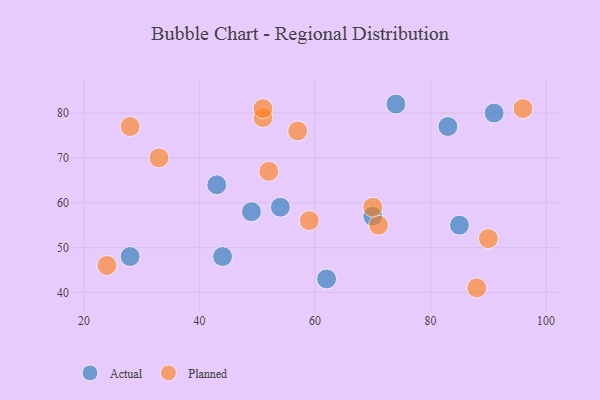
{"axis": {"x": "GDP", "y": "Life Expectancy"}, "legend": ["Actual", "Planned"], "data": [{"x": "83", "y": 77, "type": "Actual"}, {"x": "74", "y": 82, "type": "Actual"}, {"x": "85", "y": 55, "type": "Actual"}, {"x": "91", "y": 80, "type": "Actual"}, {"x": "70", "y": 57, "type": "Actual"}, {"x": "54", "y": 59, "type": "Actual"}, {"x": "62", "y": 43, "type": "Actual"}, {"x": "28", "y": 48, "type": "Actual"}, {"x": "43", "y": 64, "type": "Actual"}, {"x": "49", "y": 58, "type": "Actual"}, {"x": "44", "y": 48, "type": "Actual"}, {"x": "33", "y": 70, "type": "Planned"}, {"x": "71", "y": 55, "type": "Planned"}, {"x": "24", "y": 46, "type": "Planned"}, {"x": "90", "y": 52, "type": "Planned"}, {"x": "70", "y": 59, "type": "Planned"}, {"x": "59", "y": 56, "type": "Planned"}, {"x": "51", "y": 79, "type": "Planned"}, {"x": "88", "y": 41, "type": "Planned"}, {"x": "57", "y": 76, "type": "Planned"}, {"x": "51", "y": 81, "type": "Planned"}, {"x": "52", "y": 67, "type": "Planned"}, {"x": "96", "y": 81, "type": "Planned"}, {"x": "28", "y": 77, "type": "Planned"}]}